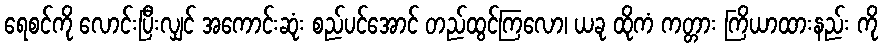
ရေစင်ကို လောင်းပြီးလျှင် အကောင်းဆုံး စည်ပင်အောင် တည်ထွင်ကြလော၊ ယခု ထိုကံ ကတ္တား ကြိယာထားနည်း ကို